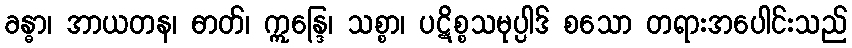
ခန္ဓာ၊ အာယတန၊ ဓာတ်၊ ဣန္ဒြေ၊ သစ္စာ၊ ပဋိစ္စသမုပ္ပါဒ် စသော တရားအပေါင်းသည်